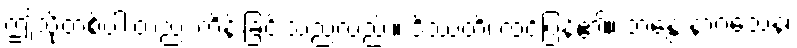
ဤသို့တစ်ပါးတည်း ကိန်းခြင်းသည်လည်း။ ဒိဿတိ၊ ထင်ပြန်၏။ ဘန္တေ နာဂသေန၊